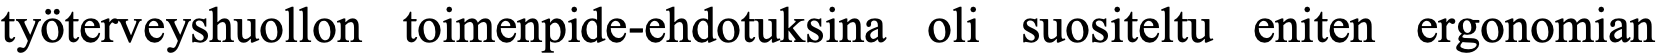
työterveyshuollon toimenpide-ehdotuksina oli suositeltu eniten ergonomian